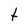
Character: t